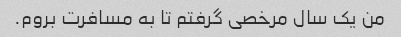
من یک سال مرخصی گرفتم تا به مسافرت بروم.